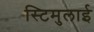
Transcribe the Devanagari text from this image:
स्टिमुलाई